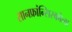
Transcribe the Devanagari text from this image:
सानफ्रांन्सिस्कोला